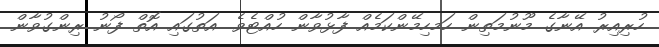
ހުރިއިރު އޭނާގެ މޫނުމަތިން ހަމހިމޭންކަމެއް ފާޅުވާން ހުއްޓެވެ. އަތުގައި އޮތް ފޯނު ރިންގުވާން